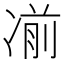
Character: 𰄄